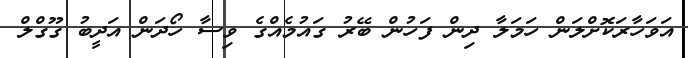
އަވަހާރަކޮށްލަން ހަމަލާ ދިން ފަހުން ބޭރު ގައުމެއްގެ ވިސާ ހޯދަން އަދީބު ގޫގްލް